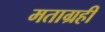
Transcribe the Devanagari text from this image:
मताग्रही